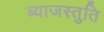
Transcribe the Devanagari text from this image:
ब्याजस्तुति